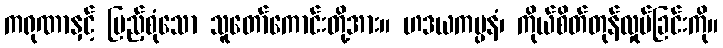
ကရုဏာနှင့် ပြည့်စုံသော သူတော်ကောင်းတို့အား။ ဟဒယကမ္ပနံ၊ ကိုယ်စိတ်တုန်လှုပ်ခြင်းကို။